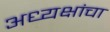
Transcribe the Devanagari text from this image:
अध्यक्षांचा